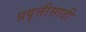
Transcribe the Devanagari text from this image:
प्रवृत्तीसाठी